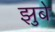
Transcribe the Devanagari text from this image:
झुबे